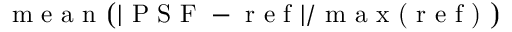
\textrm { m e a n } \big ( | \textrm { P S F } - \textrm { r e f } | / \textrm { m a x ( r e f ) } \big )